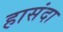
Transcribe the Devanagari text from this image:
हासंदा